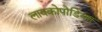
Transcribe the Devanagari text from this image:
लायकोपोडियम